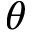
\theta